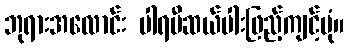
ဘုရားအလောင်း ပါရမီဆယ်ပါးဖြည့်ကျင့်ပုံ။